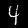
Digit: 4